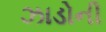
ઝાડોની